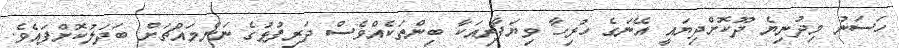
ހަސަނު މިދުނިޔެ ދޫކޮށްދިޔައީ އޭނަގެ ހުރިހާ ވިޔަފާރިއަކާ ބިންތަކެއްވެސް ދަރިފުޅުގެ ނަންމައްޗަށް ބަދަލުކޮށްފައެވެ.